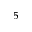
^ { 5 }